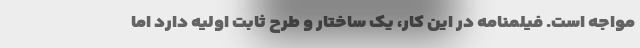
مواجه است. فیلمنامه در این کار، یک ساختار و طرح ثابت اولیه دارد اما